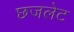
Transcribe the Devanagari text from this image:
छजलेट